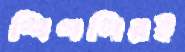
শিগগিরই